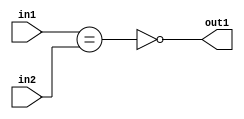
`timescale 1ps / 1ps
/*****************************************************************************
    Verilog RTL Description
    
    
    Created by: CellMath Designer 2019.1.01 
*******************************************************************************/

module finish_gen_NotEQ_8Ux5U_1U_4 (
	in2,
	in1,
	out1
	); /* architecture "behavioural" */ 
input [7:0] in2;
input [4:0] in1;
output  out1;
wire  asc001,
	asc002;

assign asc002 = (in1==in2);

assign asc001 = 
	((~asc002));

assign out1 = asc001;
endmodule

/* CADENCE  ubPxTwk= : u9/ySgnWtBlWxVPRXgAZ4Og= ** DO NOT EDIT THIS LINE ******/